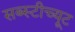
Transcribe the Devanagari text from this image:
सब्स्टीच्यूट